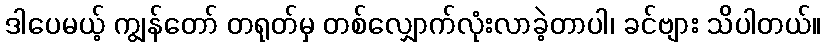
ဒါပေမယ့် ကျွန်တော် တရုတ်မှ တစ်လျှောက်လုံးလာခဲ့တာပါ၊ ခင်ဗျား သိပါတယ်။